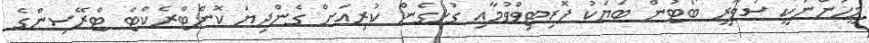
މީހުންނަކީ ސަވާރީ ބޯޓުން ބަޔަކު ޕޮޒިޓިވްވުމާއި ގުޅިގެން ކުރިއަށް ގެންދިޔަ ކޮންޓްރެކްޓް ޓްރޭސިންގެ